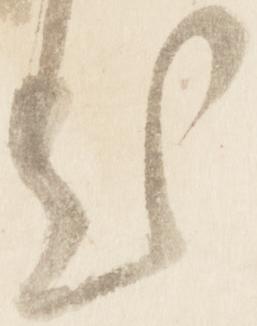
出